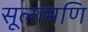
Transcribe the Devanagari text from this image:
सूलामणि